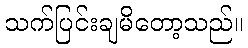
သက်ပြင်းချမိတော့သည်။